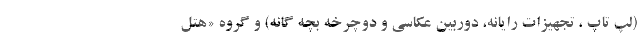
(لپ تاپ ، تجهیزات رایانه، دوربین عکاسی و دوچرخه بچه گانه) و گروه «هتل